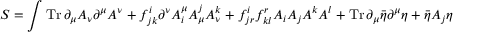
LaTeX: S = \int \operatorname { T r } \partial _ { \mu } A _ { \nu } \partial ^ { \mu } A ^ { \nu } + f _ { j k } ^ { i } \partial ^ { \nu } A _ { i } ^ { \mu } A _ { \mu } ^ { j } A _ { \nu } ^ { k } + f _ { j r } ^ { i } f _ { k l } ^ { r } A _ { i } A _ { j } A ^ { k } A ^ { l } + \operatorname { T r } \partial _ { \mu } { \bar { \eta } } \partial ^ { \mu } \eta + { \bar { \eta } } A _ { j } \eta